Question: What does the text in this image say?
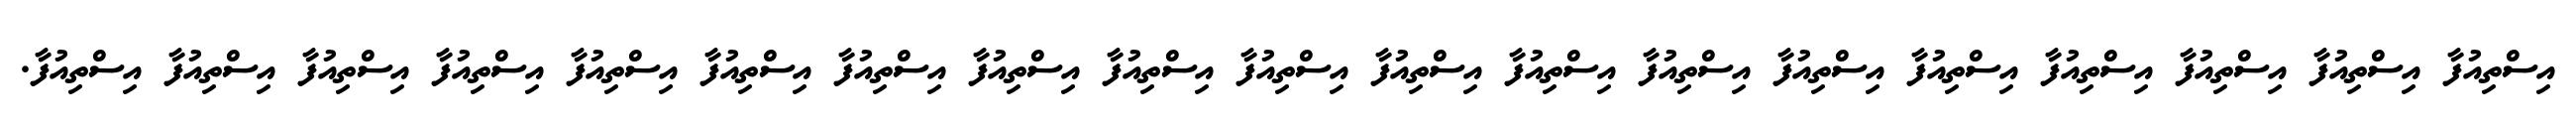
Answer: އިސްތިއުފާ އިސްތިއުފާ އިސްތިއުފާ އިސްތިއުފާ އިސްތިއުފާ އިސްތިއުފާ އިސްތިއުފާ އިސްތިއުފާ އިސްތިއުފާ އިސްތިއުފާ އިސްތިއުފާ އިސްތިއުފާ އިސްތިއުފާ އިސްތިއުފާ އިސްތިއުފާ އިސްތިއުފާ އިސްތިއުފާ އިސްތިއުފާ އިސްތިއުފާ.